Annual report of the Camel Specialist
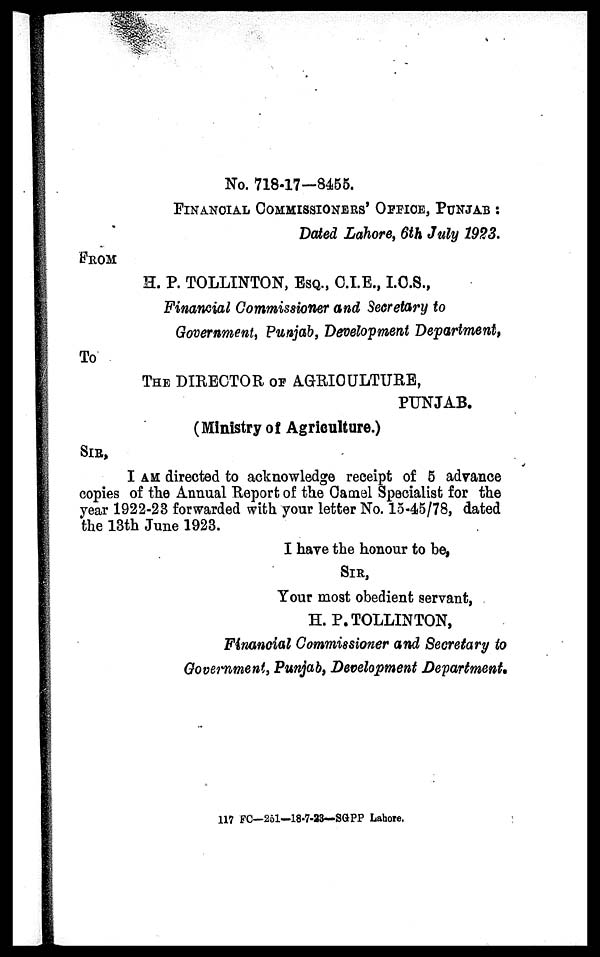
No. 718-17—8455.
FINANCIAL COMMISSIONERS' OFFICE, PUNJAB :
Dated Lahore, 6th July 1923.
FROM
H. P. TOLLINTON, ESQ., C.I.E., I.C.S.,
Financial Commissioner and Secretary to
Government, Punjab, Development Department,
To
THE DIRECTOR OF AGRICULTURE,
PUNJAB.
(Ministry of Agriculture.)
SIR,
I AM directed to acknowledge receipt of 5 advance
copies of the Annual Report of the Camel Specialist for the
year 1922-23 forwarded with your letter No. 15-45/78, dated
the 13th June 1923.
I have the honour to be,
SIR,
Your most obedient servant,
H. P. TOLLINTON,
Financial Commissioner and Secretary to
Government, Punjab, Development Department.
117 FC—251—18-7-23—SGPP Lahore.